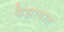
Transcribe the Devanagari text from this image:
फैझाबात